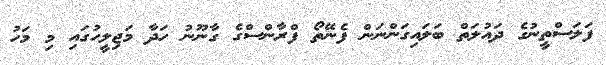
ފަލަސްތީނުގެ ދައުލަތް ބަލައިގަންނަން ފެނޭތޯ ފްރާންސްގެ ގާނޫނު ހަދާ މަޖިލީހުގައި މި މަހު